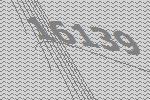
16139